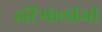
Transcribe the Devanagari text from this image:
इटिमोलॉजी